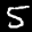
Label: 5